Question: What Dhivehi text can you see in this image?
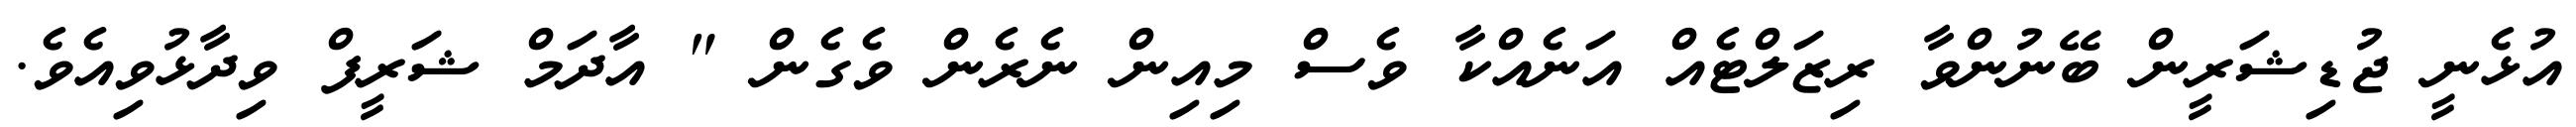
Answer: އުޅެނީ ޖުޑިޝަރީން ބޭނުންވާ ރިޒަލްޓެއް އަނެއްކާ ވެސް މިއިން ނެރެން ވެގެން " އާދަމް ޝަރީފް ވިދާޅުވިއެވެ.